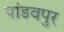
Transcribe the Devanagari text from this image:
पांडवपुर